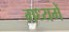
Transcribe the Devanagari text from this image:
मध्‍यमें